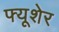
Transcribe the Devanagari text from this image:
फ्यूशेर